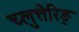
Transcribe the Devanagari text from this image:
च्लुत्तेरिङ्